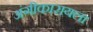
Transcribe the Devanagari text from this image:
अंगीकारायला